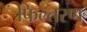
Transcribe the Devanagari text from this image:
फिल्तरण